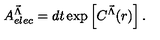
A _ { e l e c } ^ { { \vec { \Lambda } } } = d t \exp \left[ C ^ { { \vec { \Lambda } } } ( r ) \right] .